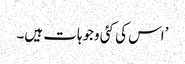
’اس کی کئی وجوہات ہیں۔